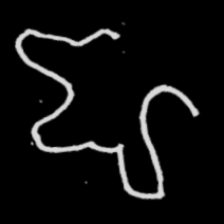
Pyu character \u2014 Myanmar letter: ဈ (romanized: jha)